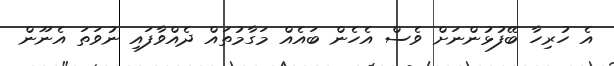
އެ ހުރިހާ ބޭފުޅުންނަށް ވެސް އެހެން ބައެއް މަގާމުތައް ދެއްވާފައި ނުވަތަ އެނޫން